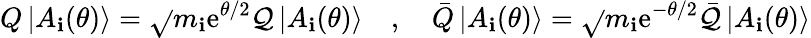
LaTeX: Q\left|A_{\mathbf{i}}(\theta)\right\rangle=\sqrt{}{{m_{\mathbf{i}}}}\mathrm{{e}}^{\theta/2}\mathcal{{Q}}\left|A_{\mathbf{i}}(\theta)\right\rangle\quad,\quad\bar{{Q}}\left|A_{\mathbf{i}}(\theta)\right\rangle=\sqrt{}{{m_{\mathbf{i}}}}\mathrm{{e}}^{-\theta/2}\bar{{\mathcal{{Q}}}}\left|A_{\mathbf{i}}(\theta)\right\rangle